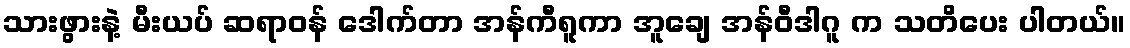
သားဖွားနဲ့ မီးယပ် ဆရာဝန် ဒေါက်တာ အန်ကီရူကာ အူချေ အန်ဝီဒါဂူ က သတိပေး ပါတယ်။